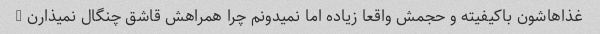
غذاهاشون باکیفیته و حجمش واقعا زیاده اما نمیدونم چرا همراهش قاشق چنگال نمیذارن …